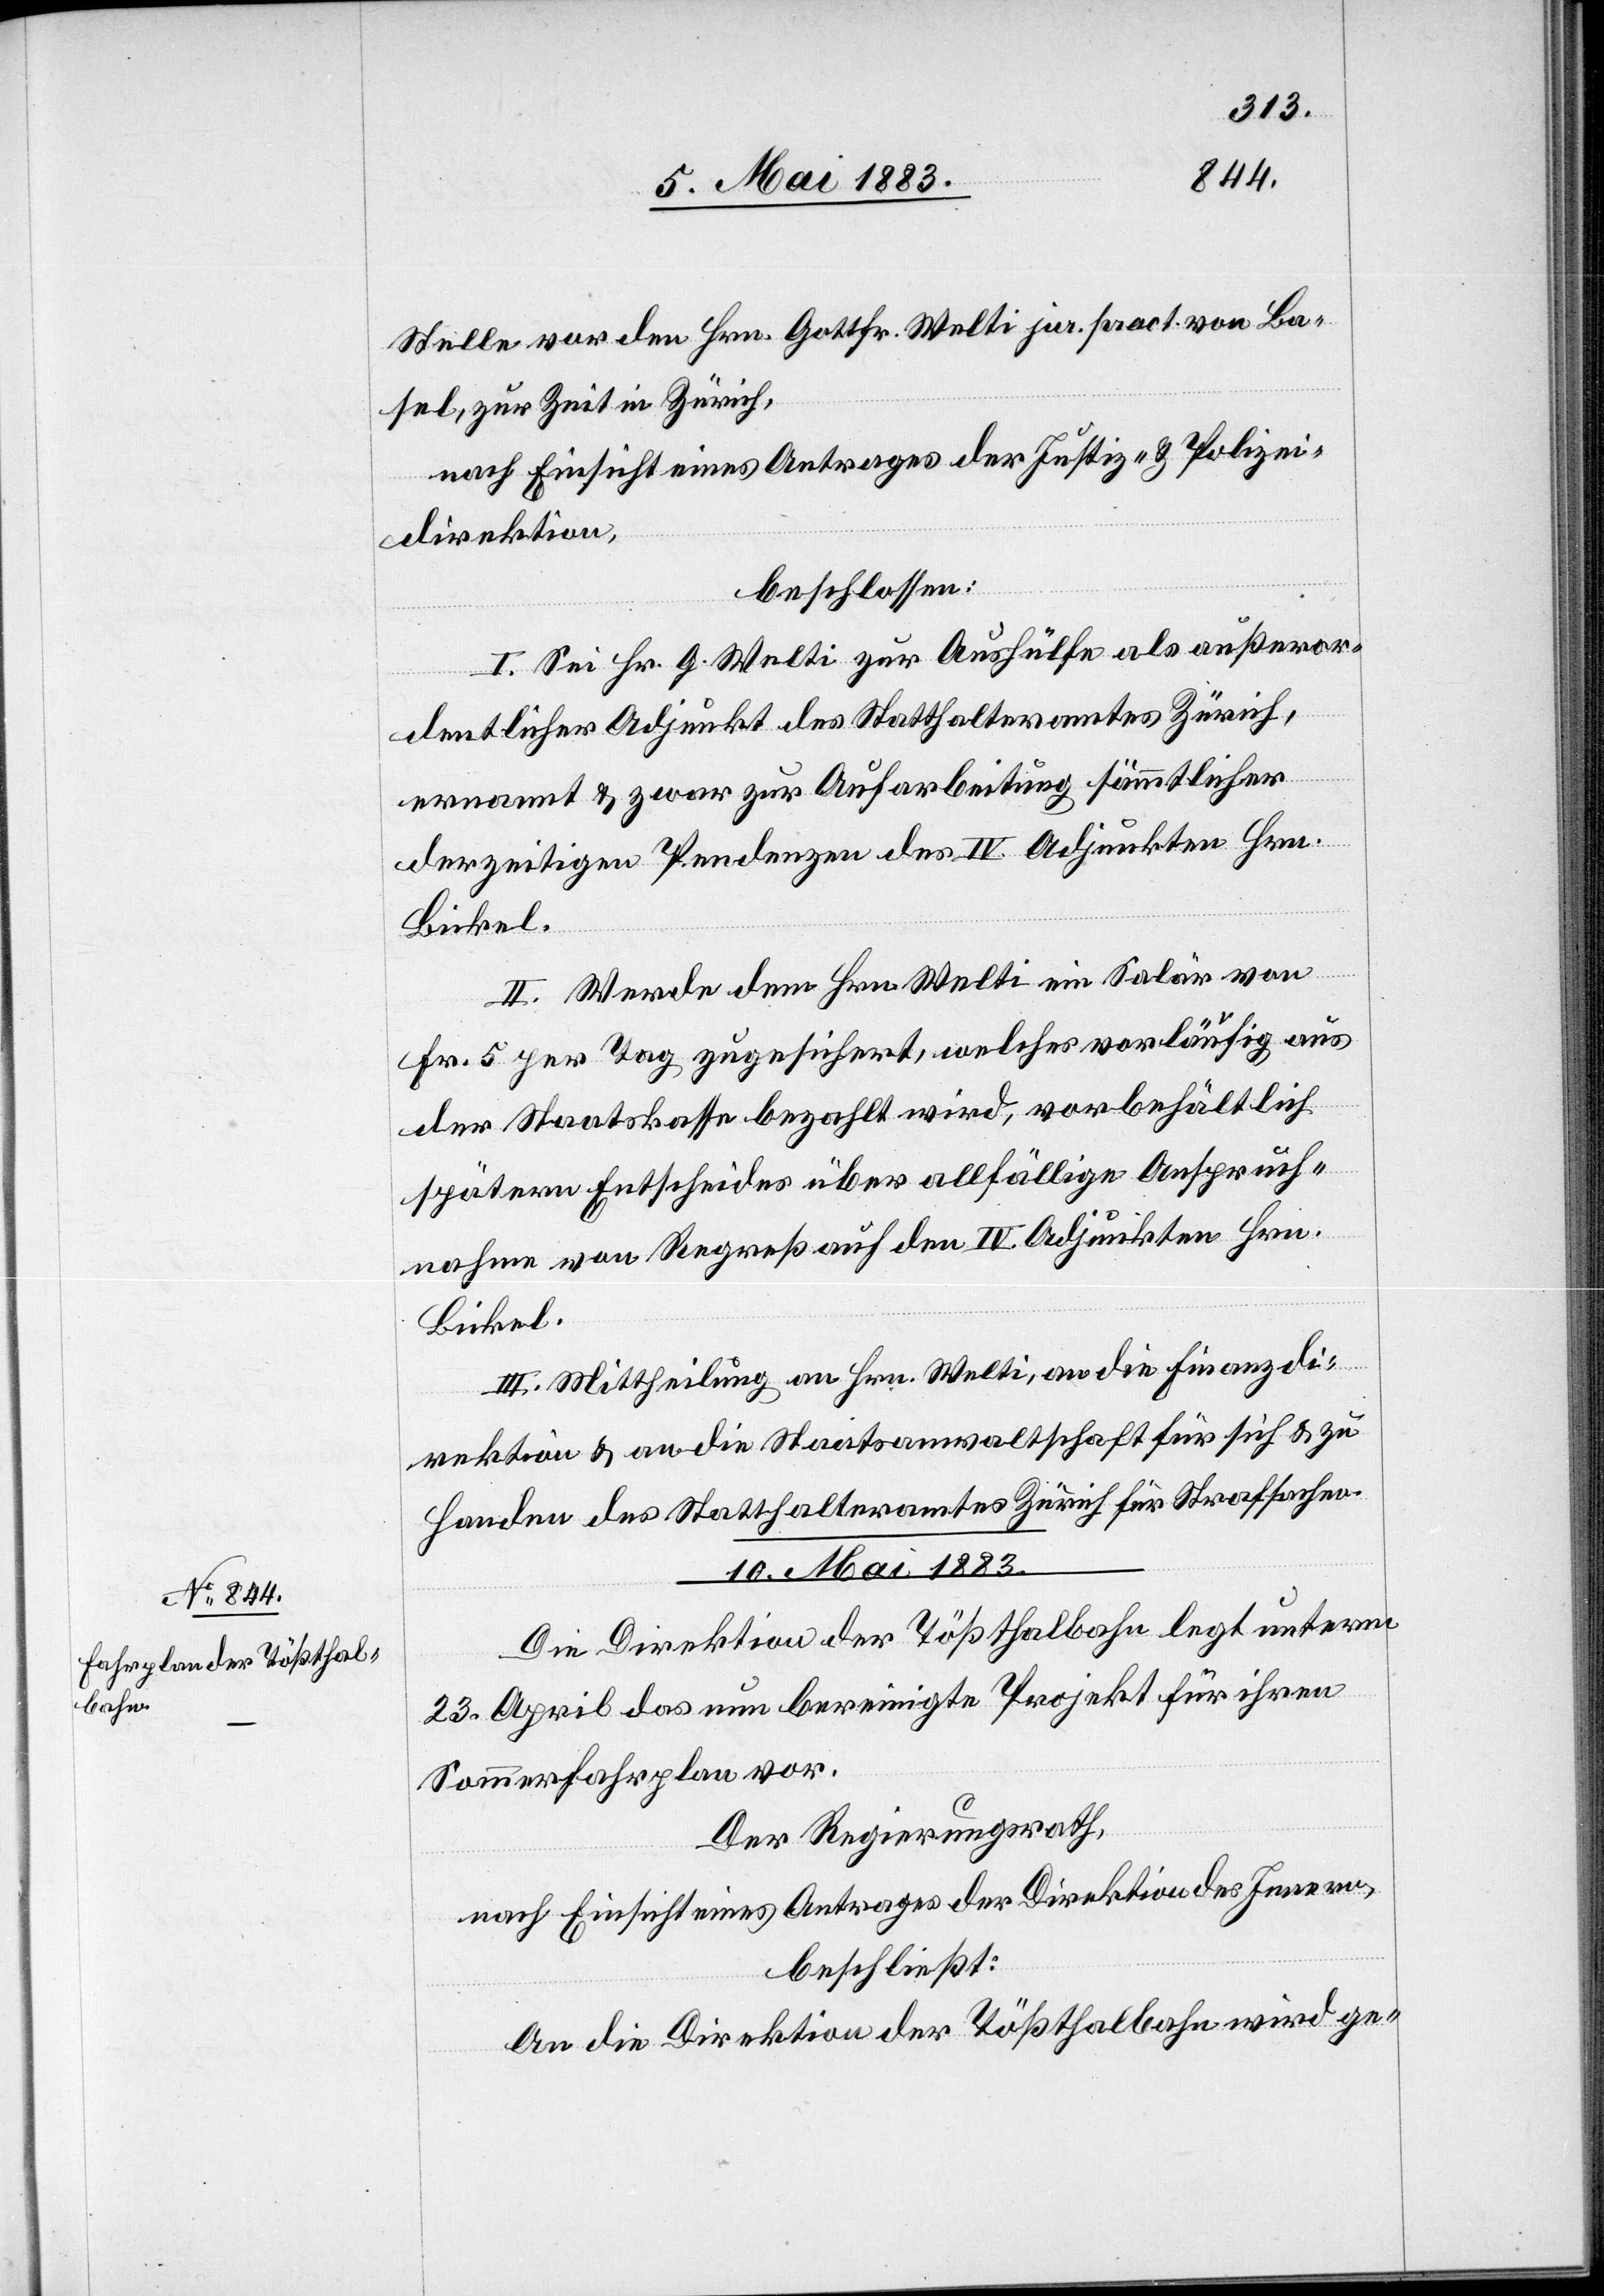
Stelle vor den Hrn. Gottfr. Welti jur. pract. von Ba¬
sel, zur Zeit in Zürich,
nach Einsicht eines Antrages der Justiz- & Polizei¬
direktion,
beschlossen:
I. Sei Hr. G. Welti zur Aushülfe als außeror¬
dentlicher Adjunkt des Statthalteramtes Zürich,
ernannt & zwar zur Aufarbeitung sämmtlicher
derzeitigen Pendenzen des IV. Adjunkten Hrn.
Bickel.
II. Werde dem Hrn. Welti ein Salär von
Fr. 5 per Tag zugesichert, welches vorläufig aus
der Staatskasse bezahlt wird, vorbehältlich
spätern Entscheides über allfällige Anspruch¬
nahme von Regreß auf den IV. Adjunkten Hrn.
Bickel.
III. Mittheilung an Hrn. Welti, an die Finanzdi¬
rektion & an die Staatsanwaltschaft für sich & zu
Handen des Statthalteramtes Zürich für Strafsachen.
10. Mai 1883.
Die Direktion der Tößthalbahn legt unterm
23. April das nun bereinigte Projekt für ihren
Sommerfahrplan vor.
Der Regierungsrath,
nach Einsicht eines Antrages der Direktion des Innern,
beschließt:
An die Direktion der Tößthalbahn wird ge-